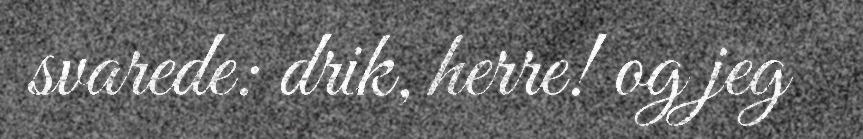
svarede: drik, herre! og jeg